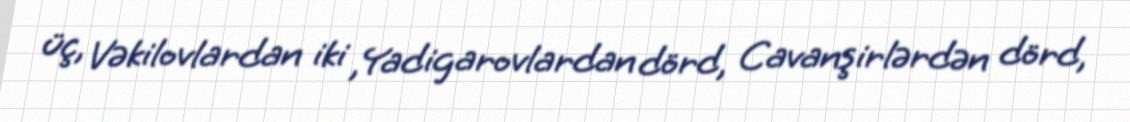
üç, Vəkilovlardan iki ,Yadigarovlardan dörd, Cavanşirlərdən dörd,